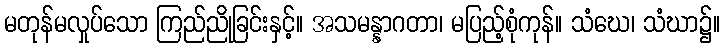
မတုန်မလှုပ်သော ကြည်ညိုခြင်းနှင့်။ အသမန္နာဂတာ၊ မပြည့်စုံကုန်။ သံဃေ၊ သံဃာ၌။